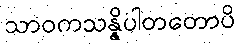
သာဝကသန္နိပါတတောပိ